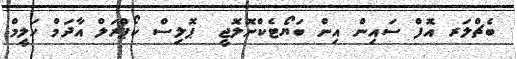
ބެޗްލަރ އޮފް ސައިން އިން ބަޔޯޓެކްނޮލޮޖީ  ޕޮލިސް ކޯޕްރަލް އާދަމް ހަލީމް